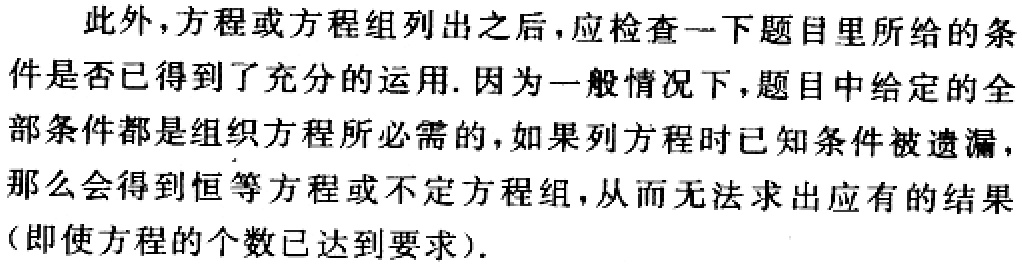
此外，方程或方程组列出之后，应检查一下题目里所给的条件是否已得到了充分的运用. 因为一般情况下，题目中给定的全部条件都是组织方程所必需的，如果列方程时已知条件被遗漏，那么会得到恒等方程或不定方程组，从而无法求出应有的结果（即使方程的个数已达到要求）.